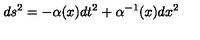
d s ^ { 2 } = - \alpha ( x ) d t ^ { 2 } + \alpha ^ { - 1 } ( x ) d x ^ { 2 }